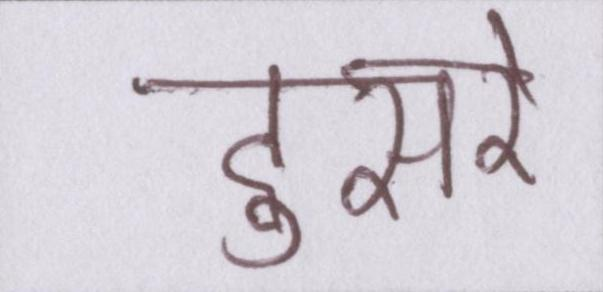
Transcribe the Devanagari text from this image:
दुसरे